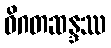
ဝိဂတဆန္ဒဿ